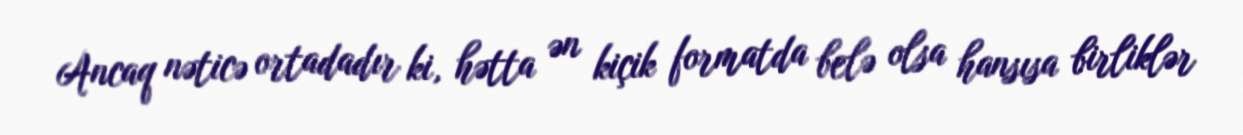
Ancaq nəticə ortadadır ki, hətta ən kiçik formatda belə olsa hansısa birliklər